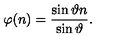
\varphi ( n ) = \frac { \sin \vartheta n } { \sin \vartheta } .